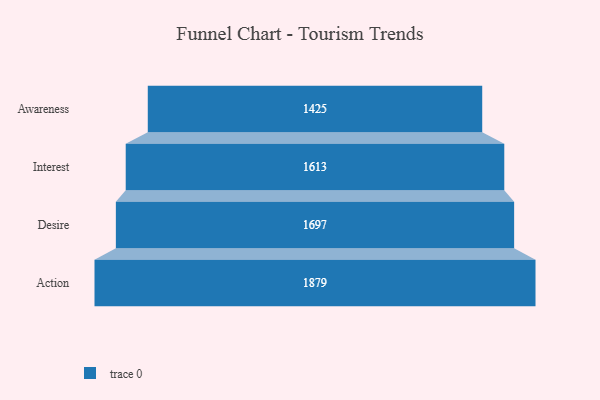
{"axis": {"x": "Stage", "y": "Value"}, "legend": [""], "data": [{"x": "Awareness", "y": 1425.0, "type": ""}, {"x": "Interest", "y": 1613.0, "type": ""}, {"x": "Desire", "y": 1697.0, "type": ""}, {"x": "Action", "y": 1879.0, "type": ""}]}